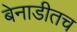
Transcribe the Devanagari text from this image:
बेनाडीतच